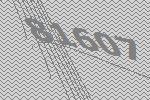
81607